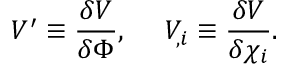
V ^ { \prime } \equiv \frac { \delta V } { \delta \Phi } , \ \ \ \ V _ { , i } \equiv \frac { \delta V } { \delta \chi _ { i } } .